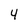
Character: 4